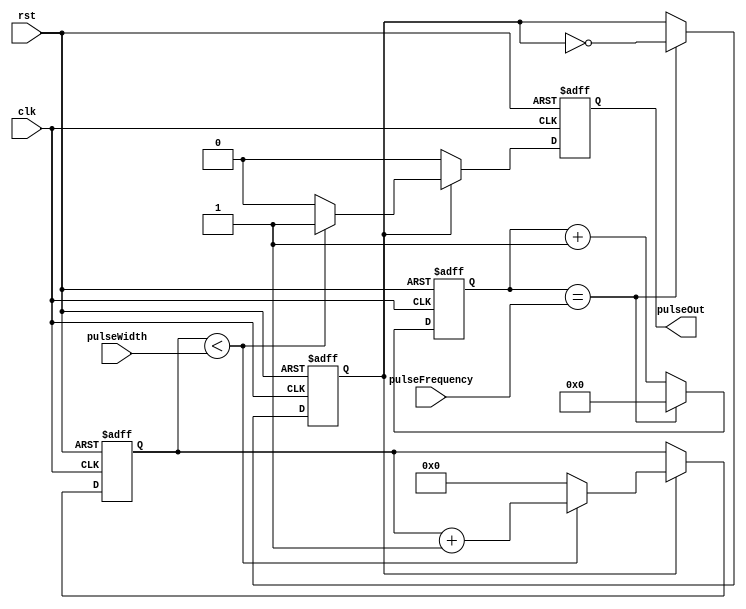
module SimplePulseGenerator (
  input clk,
  input rst,
  input [7:0] pulseWidth,
  input [15:0] pulseFrequency,
  output reg pulseOut
);

reg [15:0] counter;
reg sync;
reg [7:0] widthCounter;

always @(posedge clk or posedge rst) begin
  if (rst) begin
    counter <= 16'd0;
    sync <= 1'b0;
    widthCounter <= 8'd0;
    pulseOut <= 1'b0;
  end else begin
    counter <= counter + 1;
    if (counter == pulseFrequency) begin
      counter <= 16'd0;
      sync <= ~sync;
    end
    
    if (sync) begin
      if (widthCounter < pulseWidth) begin
        widthCounter <= widthCounter + 1;
        pulseOut <= 1'b1;
      end else begin
        widthCounter <= 8'd0;
        pulseOut <= 1'b0;
      end
    end else begin
      pulseOut <= 1'b0;
    end
  end
end

endmodule